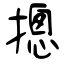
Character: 摠